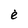
Character: e